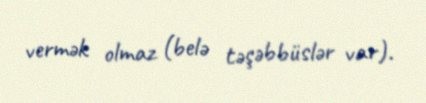
vermək olmaz (belə təşəbbüslər var).